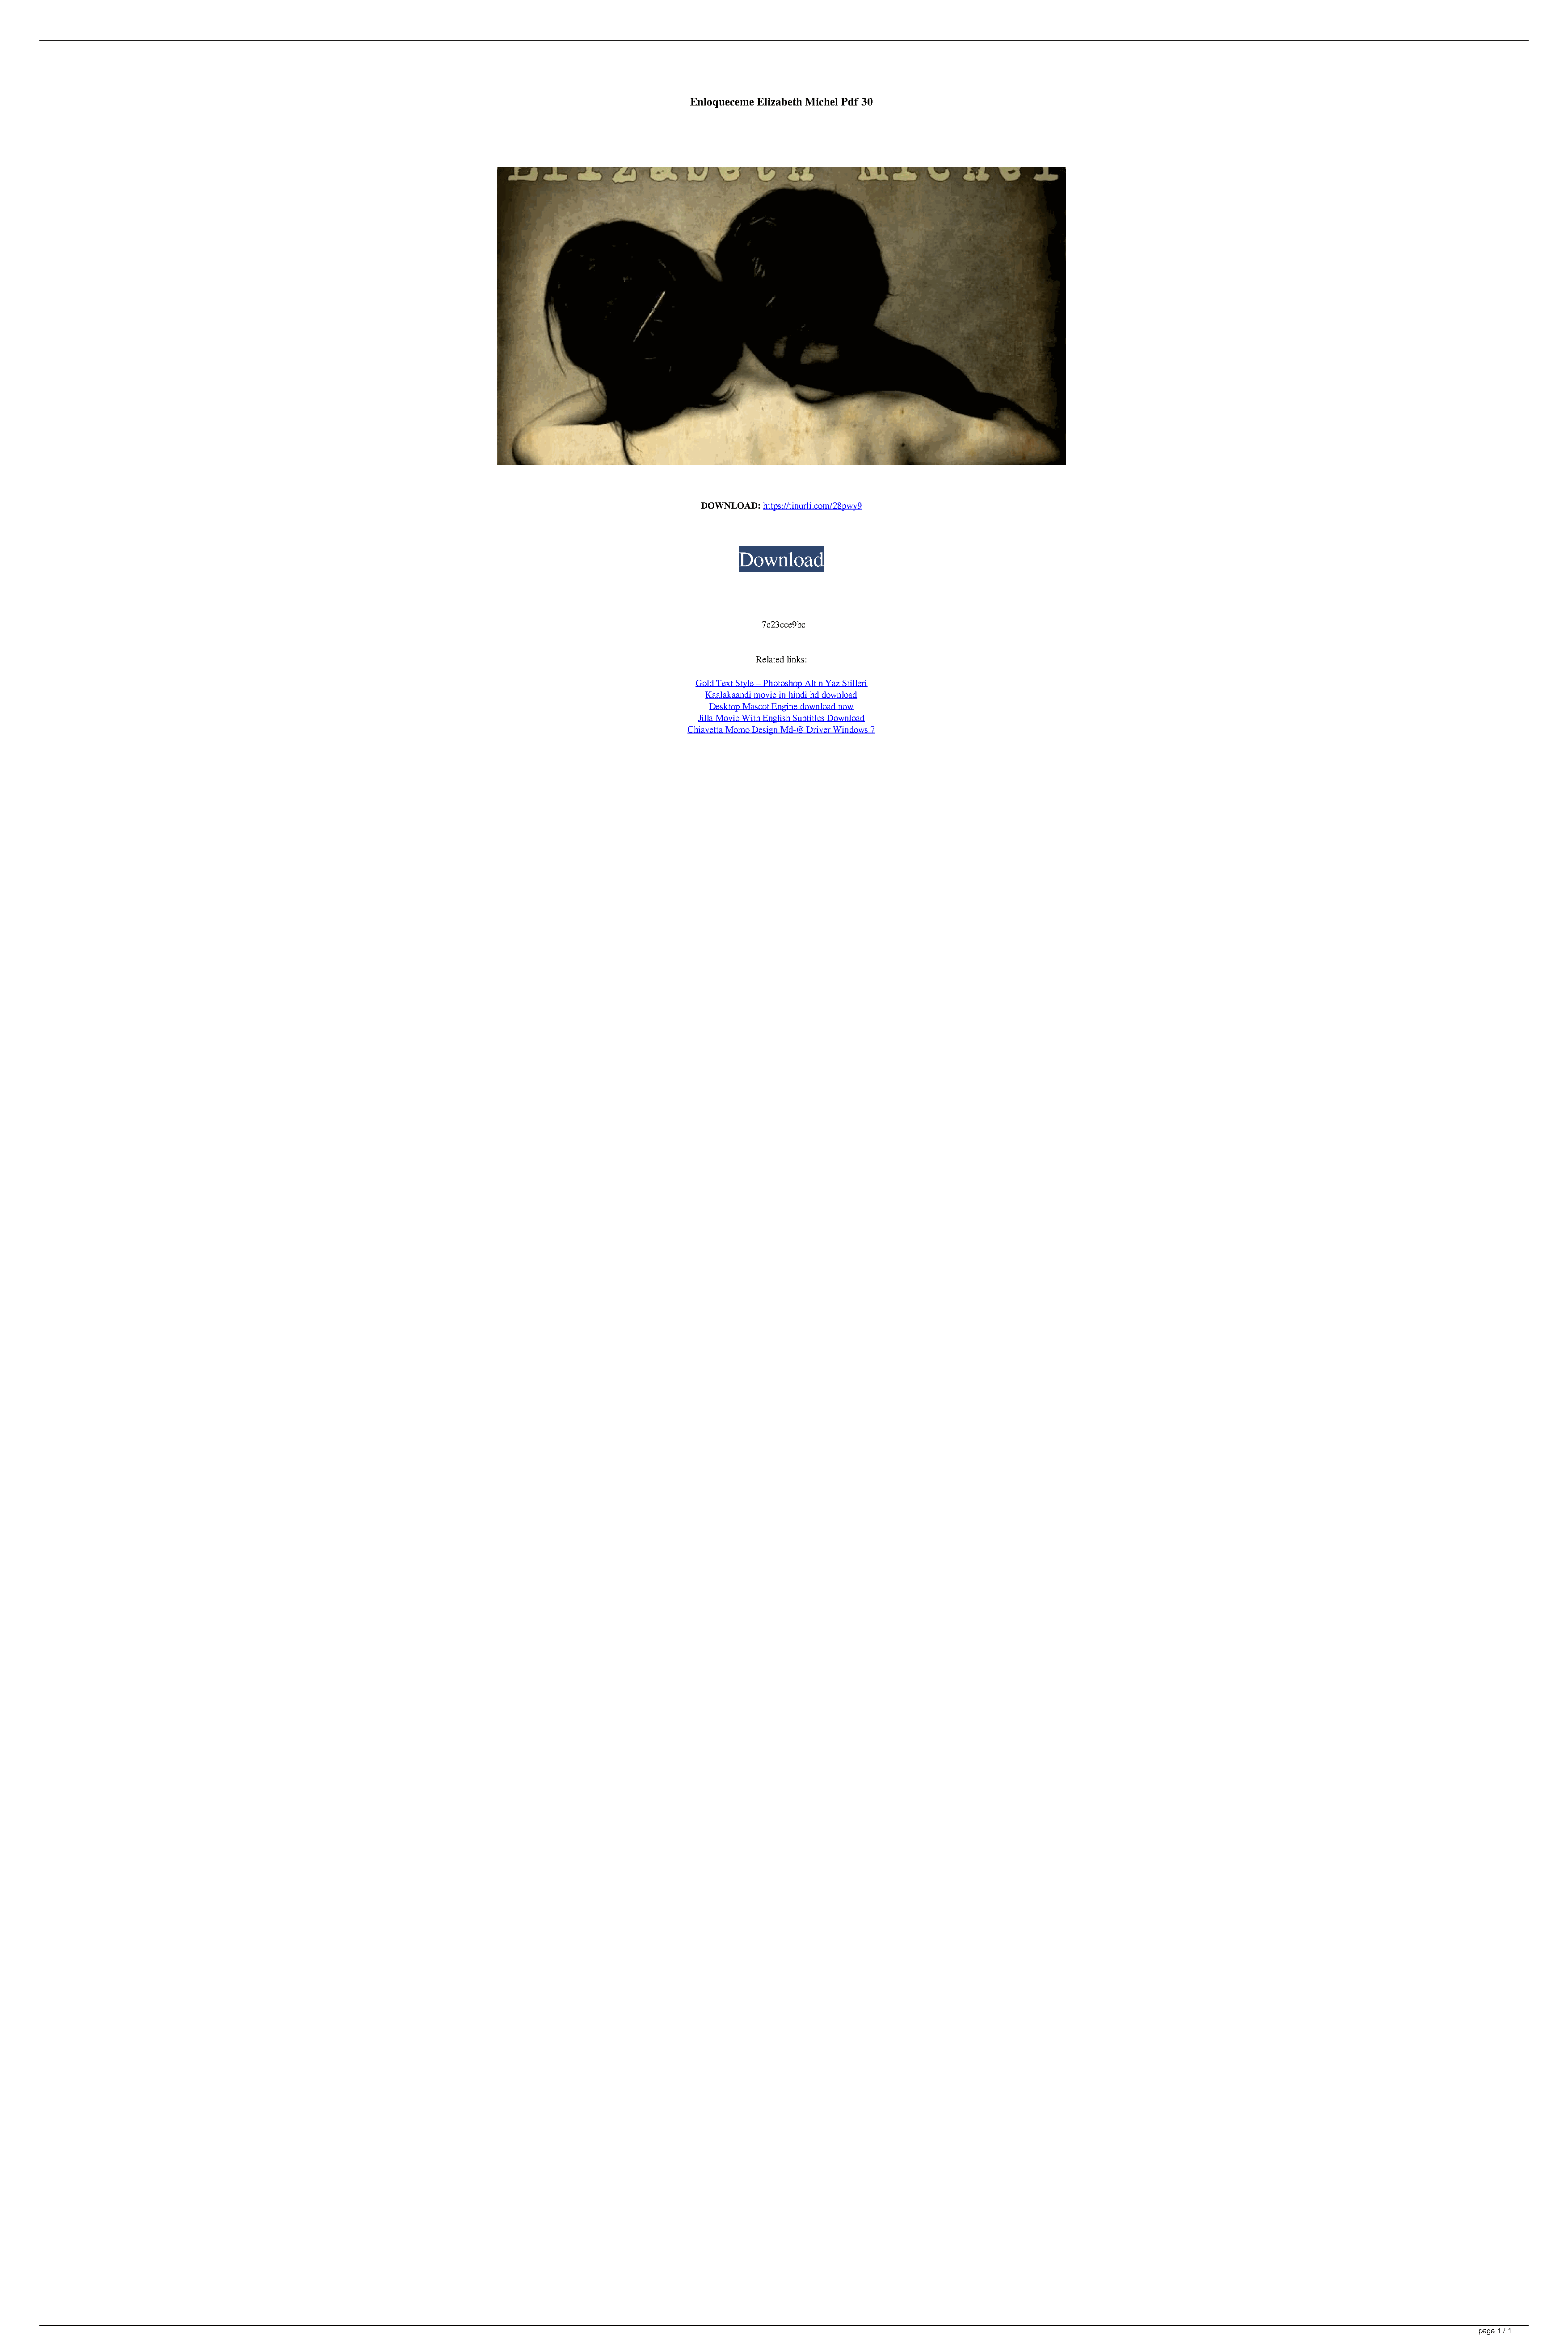
Enloqueceme Elizabeth Michel Pdf 30
 DOWNLOAD: https://tinurli.com/28pwy9
 Download
 7c23cce9bc
 Related links:
 Gold Text Style – Photoshop Alt n Yaz Stilleri
 Kaalakaandi movie in hindi hd download
 Desktop Mascot Engine download now
 Jilla Movie With English Subtitles Download
 Chiavetta Momo Design Md-@ Driver Windows 7
 page 1 / 1
 Enloqueceme Elizabeth Michel Pdf 30